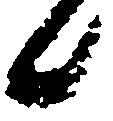
候